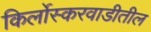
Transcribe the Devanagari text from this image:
किर्लोस्करवाडीतील